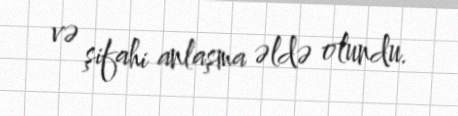
və şifahi anlaşma əldə olundu.